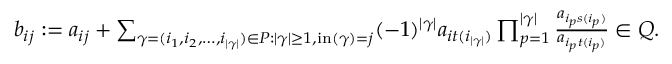
\begin{array} { r } { b _ { i j } : = a _ { i j } + \sum _ { \gamma = ( i _ { 1 } , i _ { 2 } , \dotsc , i _ { | \gamma | } ) \in P : | \gamma | \geq 1 , \operatorname { i n } ( \gamma ) = j } ( - 1 ) ^ { | \gamma | } a _ { i t ( i _ { | \gamma | } ) } \prod _ { p = 1 } ^ { | \gamma | } \frac { a _ { i _ { p } s ( i _ { p } ) } } { a _ { i _ { p } t ( i _ { p } ) } } \in Q . } \end{array}